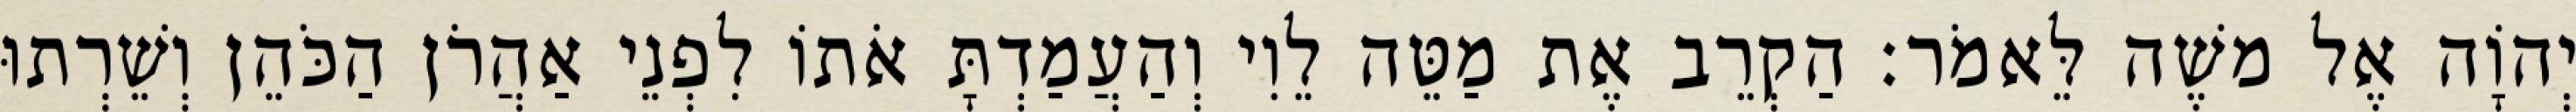
יְהוָֹה אֶל משֶׁה לֵּאמֹר׃ הַקְרֵב אֶת מַטֵּה לֵוִי וְהַעֲמַדְתָּ אֹתוֹ לִפְנֵי אַהֲרֹן הַכֹּהֵן וְשֵׁרְתוּ